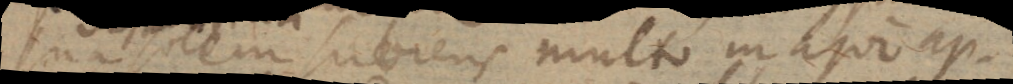
sua solem subiens multo major ap-